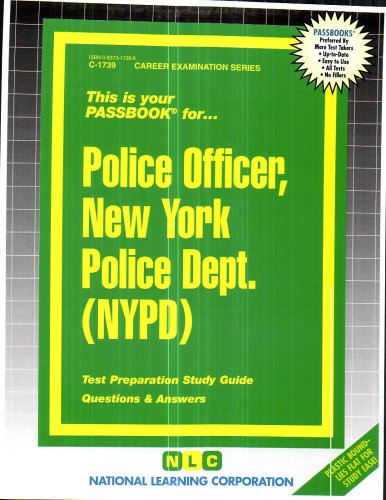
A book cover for Police Officer, New York Police Dept. (NYPD)(Passbooks) (Career Examination Passbooks); Jack Rudman; Test Preparation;